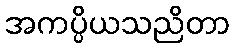
အကပ္ပိယသညိတာ